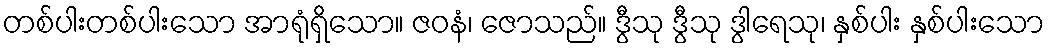
တစ်ပါးတစ်ပါးသော အာရုံရှိသော။ ဇဝနံ၊ ဇောသည်။ ဒွီသု ဒွီသု ဒွါရေသု၊ နှစ်ပါး နှစ်ပါးသော